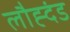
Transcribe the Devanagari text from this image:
लौह्दंड